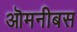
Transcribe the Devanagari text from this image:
ऒमनीबस